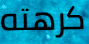
كرهته